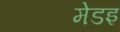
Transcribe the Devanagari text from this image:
मेडइ